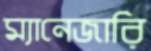
ম্যানেজারি